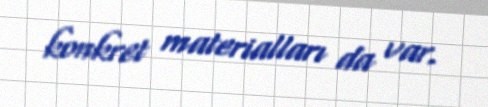
konkret materialları da var.